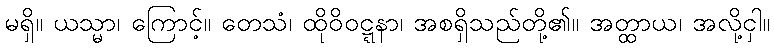
မရှိ။ ယသ္မာ၊ ကြောင့်။ တေသံ၊ ထိုဝိဝဋ္ဋနာ၊ အစရှိသည်တို့၏။ အတ္ထာယ၊ အလို့ငှါ။